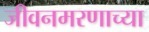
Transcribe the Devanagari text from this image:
जीवनमरणाच्या